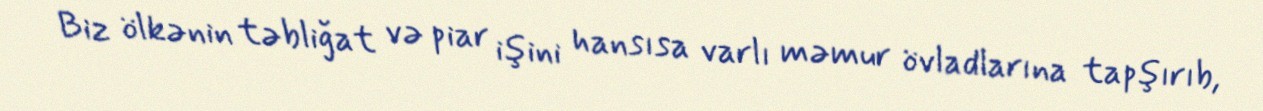
Biz ölkənin təbliğat və piar işini hansısa varlı məmur övladlarına tapşırıb,